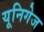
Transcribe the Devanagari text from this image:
यूनिगेज